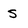
Character: S